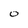
Character: O